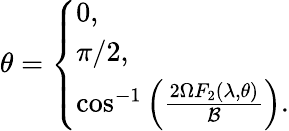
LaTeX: \theta=\left\{ \begin{array}{ll}{0,}\\ {\pi/2,}\\ {\cos^{-1}\left(\frac{2\Omega F_{2}(\lambda,\theta)}{\mathcal{B}}\right).}\end{array}\right.